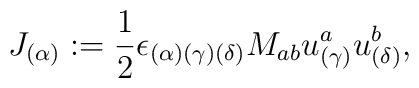
J_{(\alpha)} := {1 \over 2}\epsilon_{(\alpha)(\gamma)(\delta)}{  M}_{ab}u_{(\gamma)}^{a}u_{(\delta)}^{b},